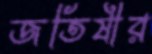
জতিষীর